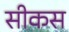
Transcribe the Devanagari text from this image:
सीकस